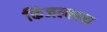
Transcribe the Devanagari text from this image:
किंजल्काचा